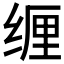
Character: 𱺦